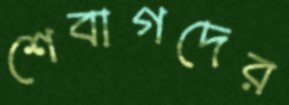
শেবাগদের